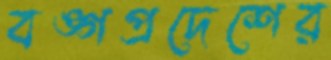
বঙ্গপ্রদেশের